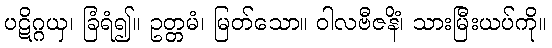
ပဋိဂ္ဂယှ၊ ခြံရံ၍။ ဥတ္တမံ၊ မြတ်သော။ ဝါလဗီဇနိံ၊ သားမြီးယပ်ကို။